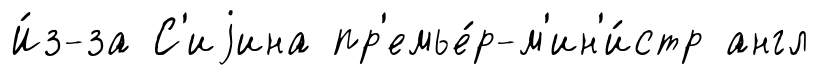
И́з-за С'иjина пр'емье́р-м'ин'и́стр англ